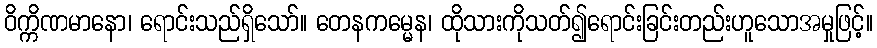
ဝိက္ကိဏမာနော၊ ရောင်းသည်ရှိသော်။ တေနကမ္မေန၊ ထိုသားကိုသတ်၍ရောင်းခြင်းတည်းဟူသောအမှုဖြင့်။